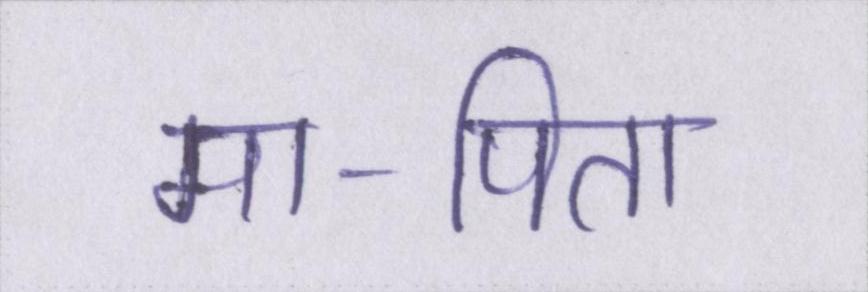
मा-पिता